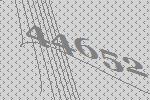
44652